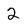
Character: 2